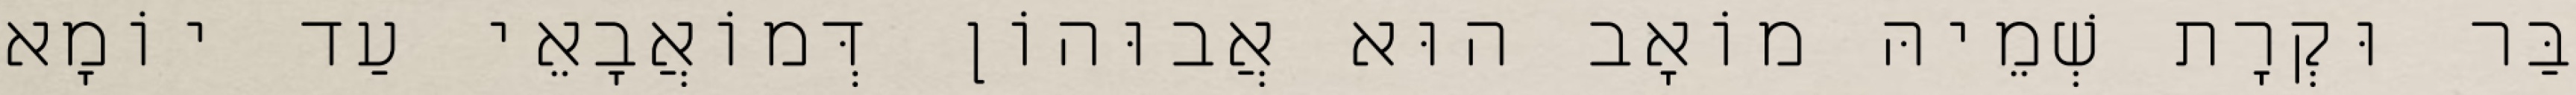
בַּר וּקְרָת שְׁמֵיהּ מוֹאָב הוּא אֲבוּהוֹן דְּמוֹאֲבָאֵי עַד יוֹמָא